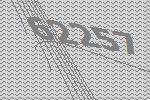
62257